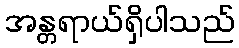
အန္တရာယ်ရှိပါသည်